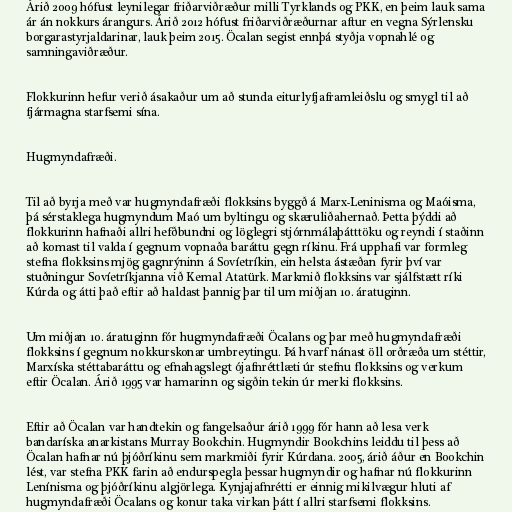
Árið 2009 hófust leynilegar friðarviðræður milli Tyrklands og PKK, en þeim lauk sama
ár án nokkurs árangurs. Árið 2012 hófust friðarviðræðurnar aftur en vegna Sýrlensku
borgarastyrjaldarinar, lauk þeim 2015. Öcalan segist ennþá styðja vopnahlé og
samningaviðræður.

Flokkurinn hefur verið ásakaður um að stunda eiturlyfjaframleiðslu og smygl til að
fjármagna starfsemi sína.

Hugmyndafræði.

Til að byrja með var hugmyndafræði flokksins byggð á Marx-Leninisma og Maóisma,
þá sérstaklega hugmyndum Maó um byltingu og skæruliðahernað. Þetta þýddi að
flokkurinn hafnaði allri hefðbundni og löglegri stjórnmálaþátttöku og reyndi í staðinn
að komast til valda í gegnum vopnaða baráttu gegn ríkinu. Frá upphafi var formleg
stefna flokksins mjög gagnrýninn á Sovíetríkin, ein helsta ástæðan fyrir því var
stuðningur Sovíetríkjanna við Kemal Atatürk. Markmið flokksins var sjálfstætt ríki
Kúrda og átti það eftir að haldast þannig þar til um miðjan 10. áratuginn.

Um miðjan 10. áratuginn fór hugmyndafræði Öcalans og þar með hugmyndafræði
flokksins í gegnum nokkurskonar umbreytingu. Þá hvarf nánast öll orðræða um stéttir,
Marxíska stéttabaráttu og efnahagslegt ójafnréttlæti úr stefnu flokksins og verkum
eftir Öcalan. Árið 1995 var hamarinn og sigðin tekin úr merki flokksins.

Eftir að Öcalan var handtekin og fangelsaður árið 1999 fór hann að lesa verk
bandaríska anarkistans Murray Bookchin. Hugmyndir Bookchins leiddu til þess að
Öcalan hafnar nú þjóðríkinu sem markmiði fyrir Kúrdana. 2005, árið áður en Bookchin
lést, var stefna PKK farin að endurspegla þessar hugmyndir og hafnar nú flokkurinn
Lenínisma og þjóðríkinu algjörlega. Kynjajafnrétti er einnig mikilvægur hluti af
hugmyndafræði Öcalans og konur taka virkan þátt í allri starfsemi flokksins.